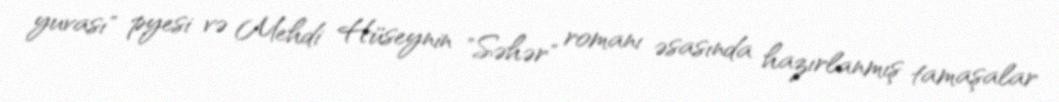
yuvası" pyesi və Mehdi Hüseynin "Səhər" romanı əsasında hazırlanmış tamaşalar